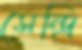
সেন্দ্রি